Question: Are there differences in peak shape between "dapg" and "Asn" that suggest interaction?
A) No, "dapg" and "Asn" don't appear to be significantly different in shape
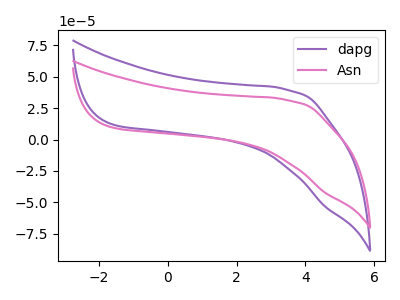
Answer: <think>The purple curve "dapg" has no peaks. The pink curve "Asn" has no peaks.
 Neither "dapg" or "Asn" have any peaks.</think>
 <answer>A) No, "dapg" and "Asn" don't appear to be significantly different in shape</answer>
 <eval>A</eval>